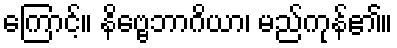
ကြောင့်။ နိဗ္ဗေဘာဂိယာ၊ မည်ကုန်၏။